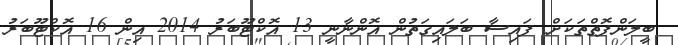
ބީލަންފޮތްތަކަށް ފައިސާ ބަލައިގަތުން އޮންނާނީ 13 އޮކްޓޫބަރު 2014 އިން 16 އޮކްޓޫބަރު